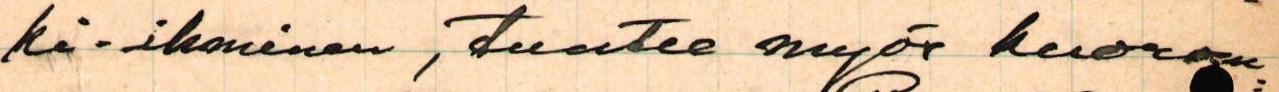
ki-ihminen, tuntee myös kuorom=